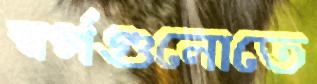
স্বর্গগুলোতে